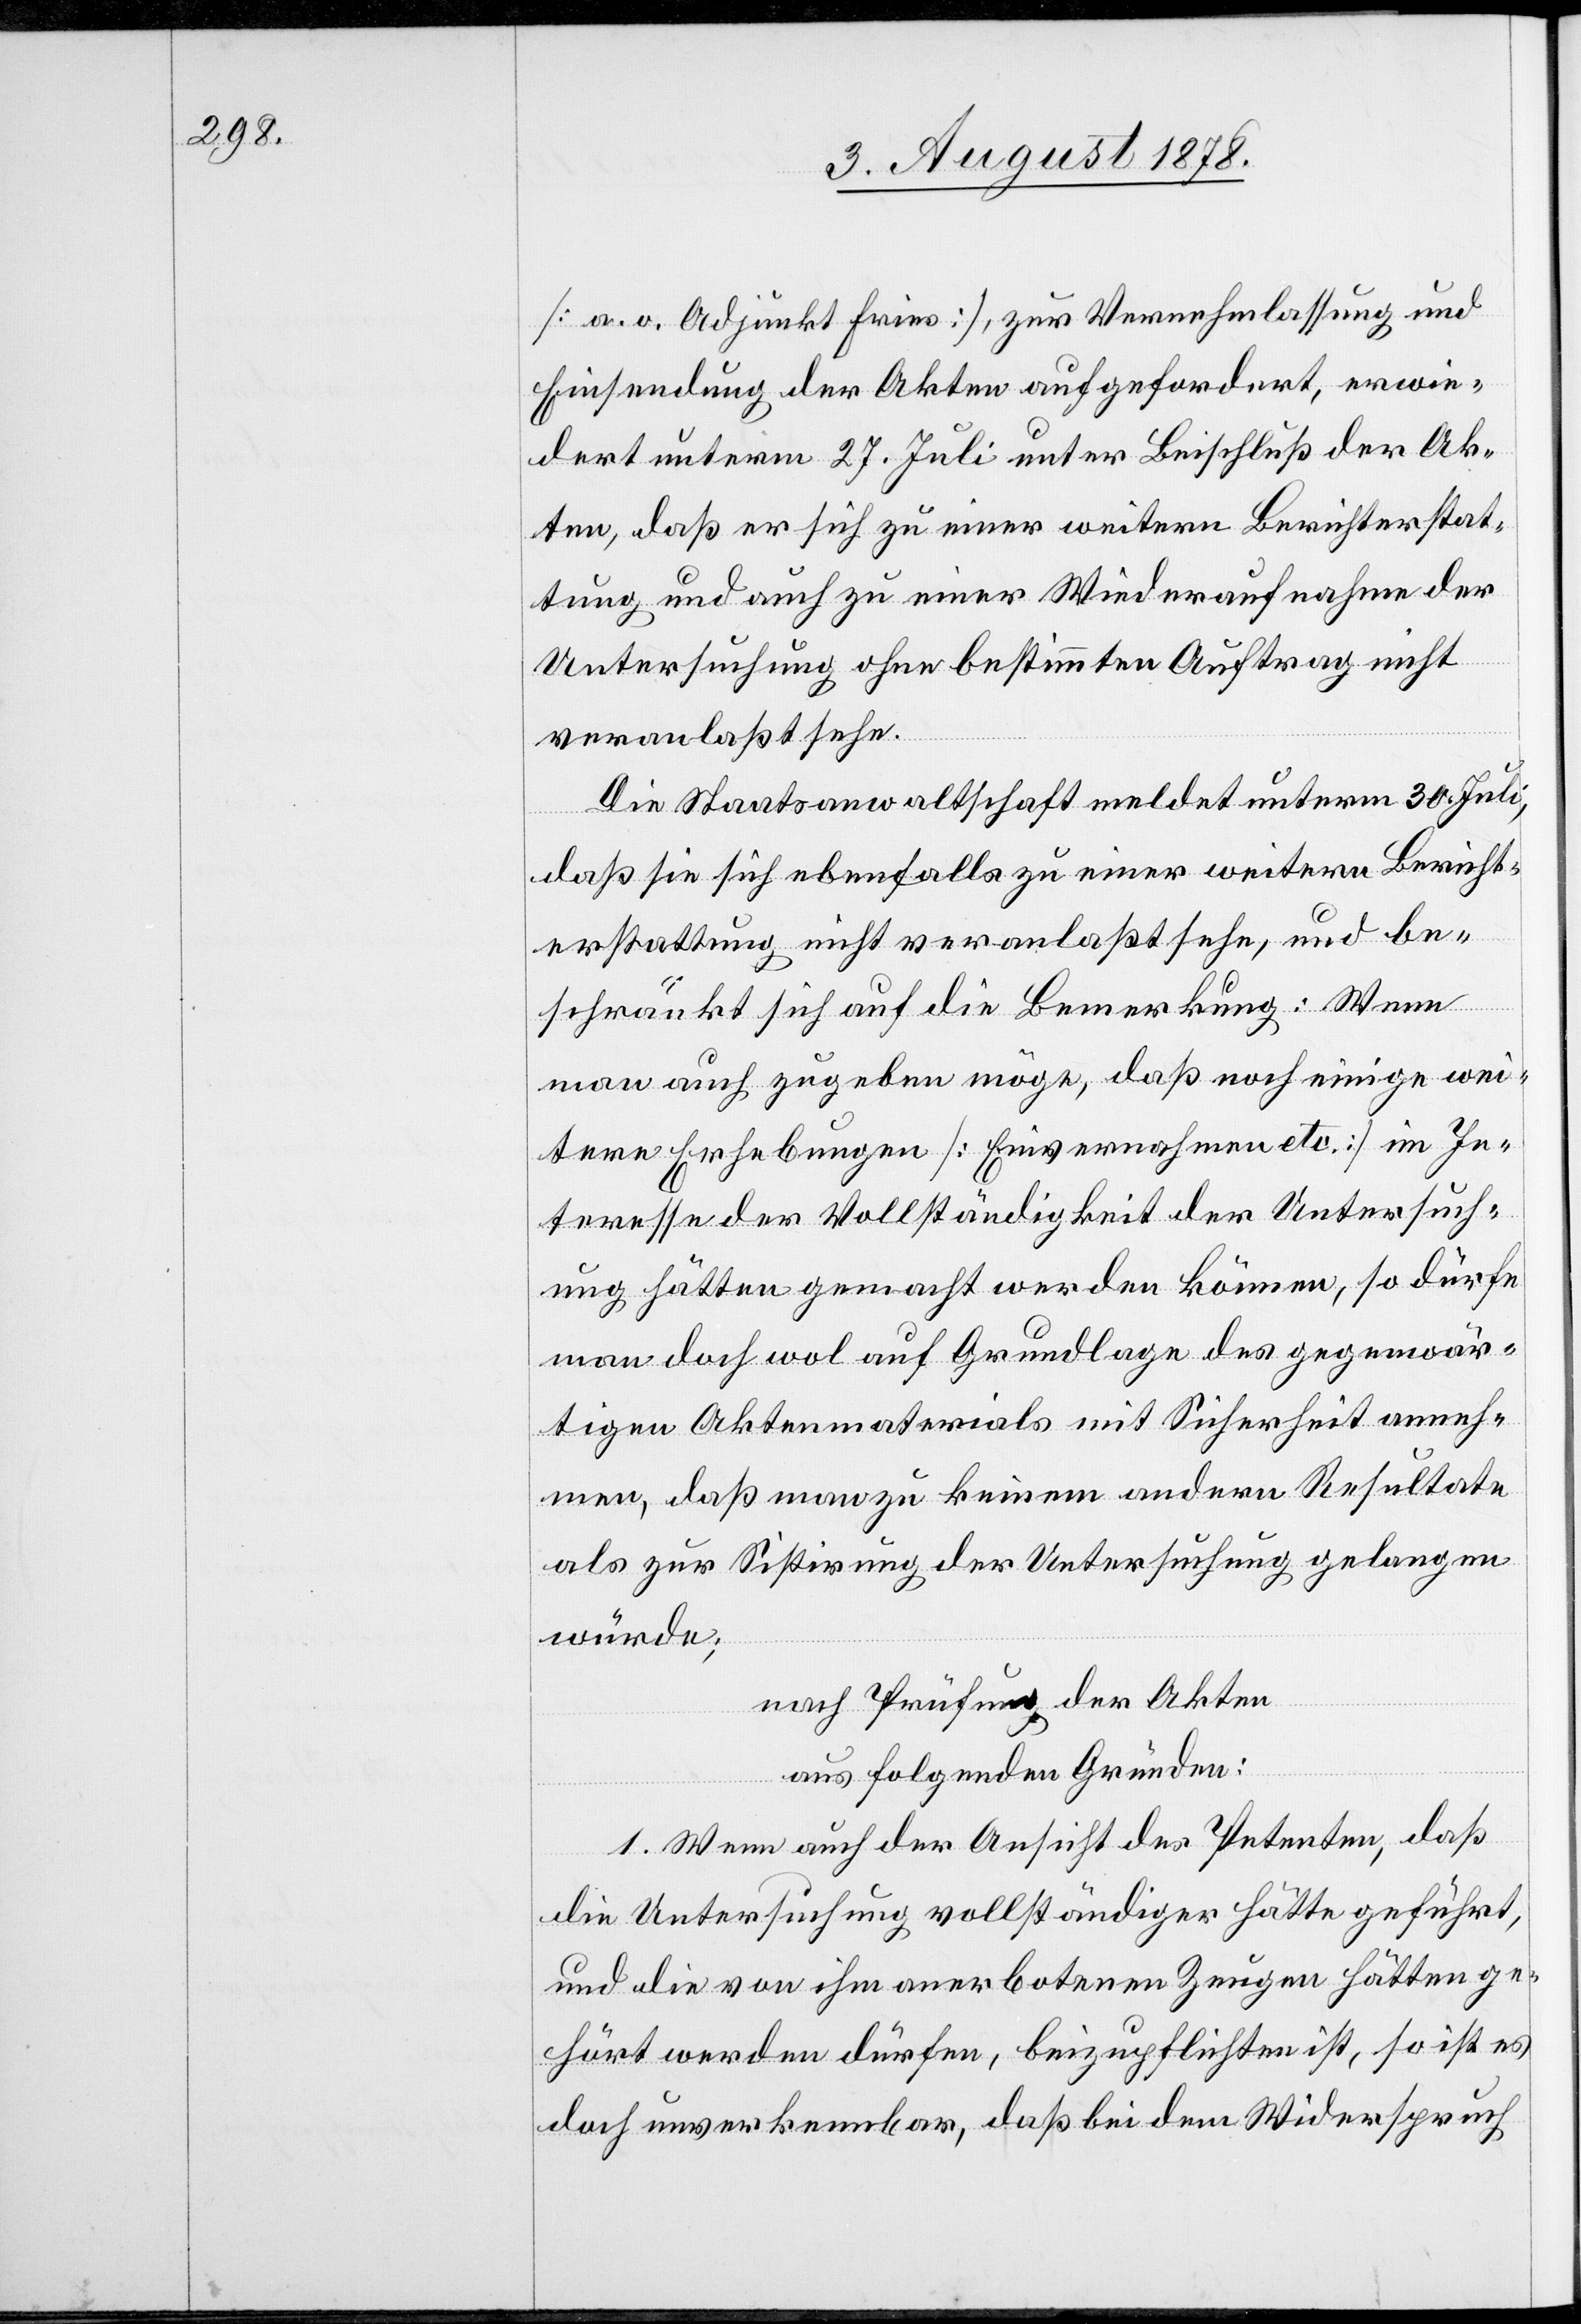
[a. o. Adjunkt Fries], zur Vernehmlaßung und
Einsendung der Akten aufgefordert, erwie¬
dert unterm 27. Juli unter Beischluß der Ak¬
ten, daß er sich zu einer weitern Berichterstat¬
tung und auch zu einer Wiederaufnahme der
Untersuchung ohne bestimmten Auftrag nicht
veranlaßt sehe.
Die Staatsanwaltschaft meldet unterm 30. Juli,
daß sie sich ebenfalls zu einer weitern Bericht¬
erstattung nicht veranlaßt sehe, und be¬
schränkt sich auf die Bemerkung: Wenn
man auch zugeben möge, daß noch einige wei¬
tere Erhebungen [Einvernahme etc.] im In¬
teresse der Vollständigkeit der Untersuch¬
ung hätten gemacht werden können, so dürfe
man doch wol auf Grundlage des gegenwär¬
tigen Aktenmaterials mit Sicherheit anneh¬
men, daß man zu keinem andern Resultate
als zur Sistirung der Untersuchung gelangen
würde;
nach Prüfung der Akten
aus folgenden Gründen:
1. Wenn auch der Ansicht des Petenten, daß
die Untersuchung vollständiger hätte geführt,
und die von ihm anerbotenen Zeugen hätten ge¬
hört werden dürfen, beizupflichten ist, so ist es
doch unverkennbar, daß bei dem Widerspruch